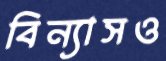
বিন্যাসও